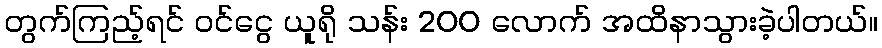
တွက်ကြည့်ရင် ဝင်ငွေ ယူရို သန်း 200 လောက် အထိနာသွားခဲ့ပါတယ်။